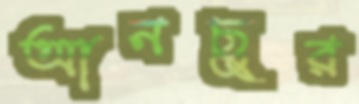
আনছুর